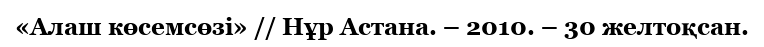
«Алаш көсемсөзі» // Нұр Астана. – 2010. – 30 желтоқсан.